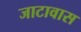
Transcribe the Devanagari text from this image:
जाटावास